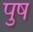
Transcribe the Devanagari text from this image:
पुष